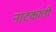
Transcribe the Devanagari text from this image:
नाटकाती